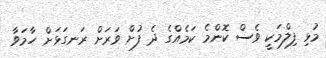
މުޅި ފިލްމަކީ ވެސް ކޮންމެ ކަމެއްގެ ދެ ފުށް ވަރަށް ރަނގަޅަށް ހާމަވާ